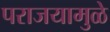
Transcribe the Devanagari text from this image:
पराजयामुळे